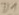
Text: D1